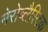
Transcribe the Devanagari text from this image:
मेरोब्लैस्टिक